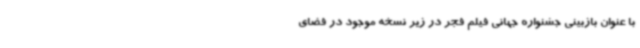
با عنوان بازبینی جشنواره جهانی فیلم فجر در زیر نسخه موجود در فضای